Scottish Leaving Certificate Examination, 1959
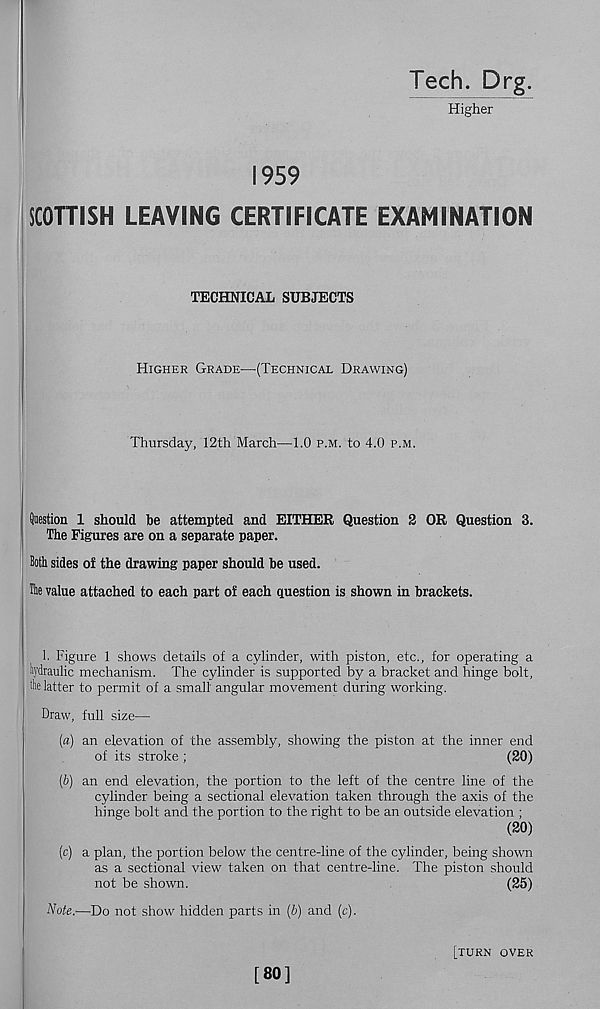
Tech. Drg.
Higher
1959
SCOTTISH LEAVING CERTIFICATE EXAMINATION
TECHNICAL SUBJECTS
Higher Grade—(Technical Drawing)
Thursday, 12th March—1.0 p.m. to 4.0 p.m.
Question 1 should be attempted and EITHER Question 2 OR Question 3.
The Figures are on a separate paper.
Both sides of the drawing paper should be used.
Hie value attached to each part of each question is shown in brackets.
1. Figure 1 shows details of a cylinder, with piston, etc., for operating a
hydraulic mechanism. The cylinder is supported by a bracket and hinge bolt,
the latter to permit of a small angular movement during working.
Draw, full size—
(a) an elevation of the assembly, showing the piston at the inner end
of its stroke ;
(20)
(b) an end elevation, the portion to the left of the centre line of the
cylinder being a sectional elevation taken through the axis of the
hinge bolt and the portion to the right to be an outside elevation ;
(20)
(c) a plan, the portion below the centre-line of the cylinder, being shown
as a sectional view taken on that centre-line. The piston should
not be shown.
(25)
Note.—Do not show hidden parts in (b) and (c).
[80]
[turn over